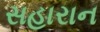
સહારાન